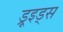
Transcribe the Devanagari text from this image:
ड्रूइड्स